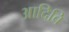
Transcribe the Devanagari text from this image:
आदिवि